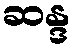
ဆန္ဒ